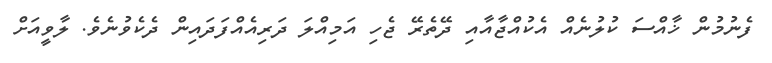
ފެނުމުން ޚާއްސަ ކުލުނެއް އެކުއްޖާއާއި ދޭތެރޭ ޖެހި އަމިއްލަ ދަރިއެއްފަދައިން ދެކެވުނެވެ. ލާވީއަށް